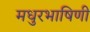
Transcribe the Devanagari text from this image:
मधुरभाषिणी